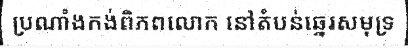
ប្រណាំងកង់ពិភពលោក នៅតំបន់ឆ្នេរសមុទ្រ